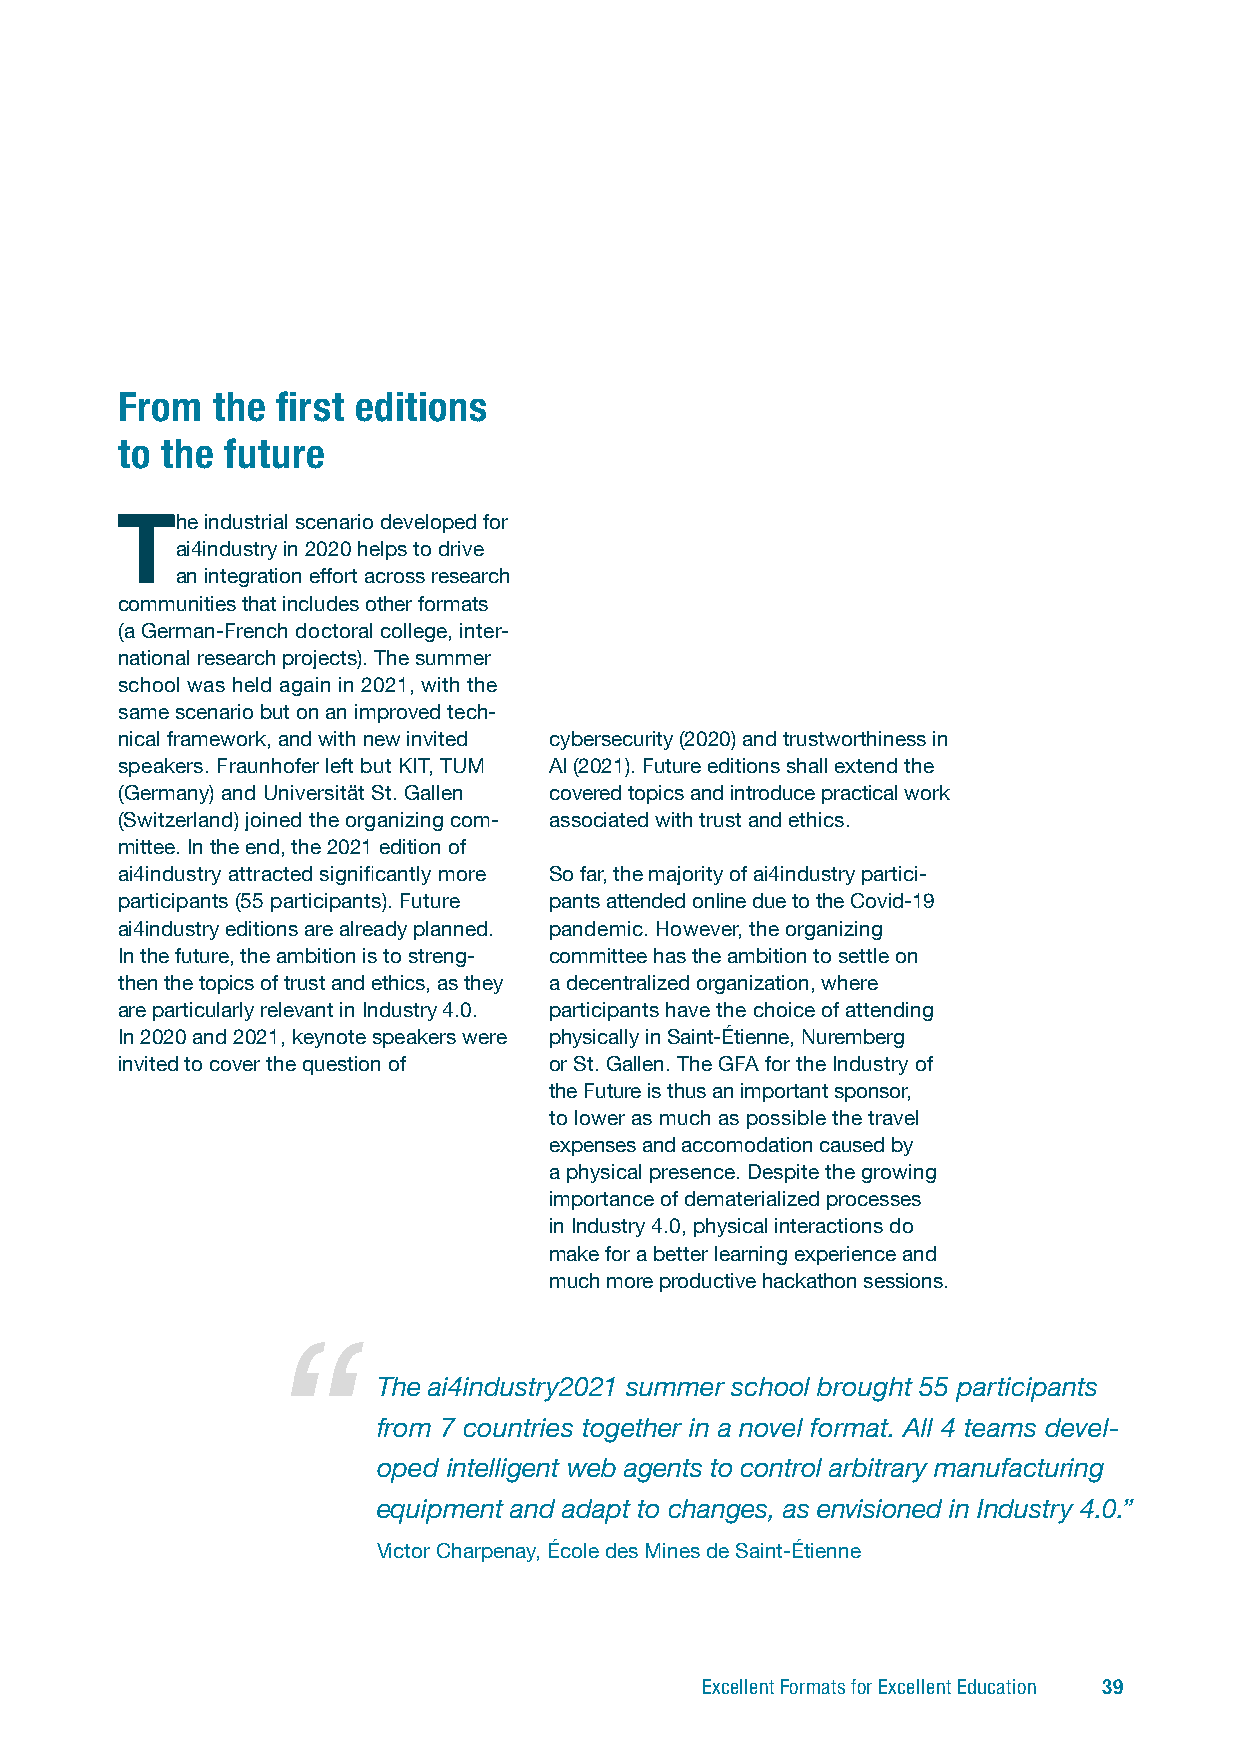
From  the first editions
 to the future
 The   industrial scenario developed for
 ai4industry in 2020 helps to drive
 an integration effort across research
 communities that includes other formats
 (a German-French doctoral college, inter-
 national research projects). The summer
 school was held again in 2021, with the
 same scenario but on an improved tech-
 nical framework, and with new invited cybersecurity (2020) and trustworthiness in
 speakers. Fraunhofer left but KIT, TUM AI (2021). Future editions shall extend the
 (Germany) and Universität St. Gallen covered topics and introduce practical work
 (Switzerland) joined the organizing com- asso ciated with trust and ethics.
 mittee. In the end, the 2021 edition of
 ai4industry attracted significantly more So far, the majority of ai4industry partici-
 participants (55 participants). Future pants attended online due to the Covid-19
 ai4industry editions are already planned. pandemic. However, the organizing
 In the future, the ambition is to streng- committee has the ambition to settle on
 then the topics of trust and ethics, as they a decentralized organization, where
 are particularly relevant in Industry 4.0. participants have the choice of attending
 In 2020 and 2021, keynote speakers were physically in Saint-Étienne, Nuremberg
 invited to cover the question of or St. Gallen. The GFA for the Industry of
 the Future is thus an important sponsor,
 to lower as much as possible the travel
 expenses and accomodation caused by
 a physical presence. Despite the growing
 importance of dematerialized processes
 in Industry 4.0, physical interactions do
 make for a better learning experience and
 much more productive hackathon sessions.
 The ai4industry2021 summer school brought 55 participants
 from 7 countries together in a novel format. All 4 teams devel-
 oped intelligent web agents to control arbitrary manufacturing
 equipment and adapt to changes, as envisioned in Industry 4.0.”
 Victor Charpenay, École des Mines de Saint-Étienne
 Excellent Formats for Excellent Education 39